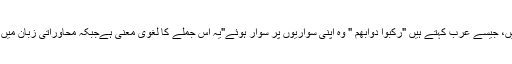
یہ الجمع علی الجمع کی تقسیم کے موضوع میں سے نہیں، جیسے عرب کہتے ہیں "رکبوا دوابھم " وہ اپنی سواریوں پر سوار ہوئے"یہ اس جملے کا لغوی معنی ہےجبکہ محاوراتی زبان میں معنی یہ لیتے ہیں کہ ہر ایک اپنی سواری پر سوار ہوا۔